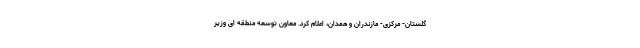
گلستان- مرکزی- مازندران و همدان، اعلام کرد. معاون توسعه منطقه ای وزیر